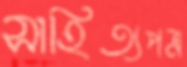
সাহিত্যপত্র